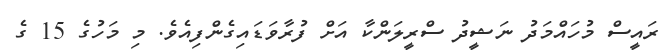
ރައީސް މުހައްމަދު ނަޝީދު ސްރީލަންކާ އަށް ފުރާވަޑައިގެންފިއެވެ. މި މަހުގެ 15 ގެ